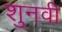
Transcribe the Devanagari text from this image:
शुनवी